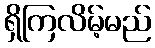
ရှိကြလိမ့်မည်